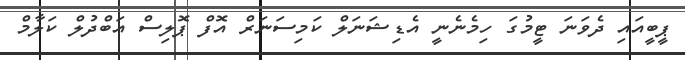
ޕީބީއައި ދެވަނަ ޓީމުގަ ހިމެނެނީ އެޑިޝަނަލް ކަމިސަނަރް އޮފް ޕޮލިސް އަބްދުލް ކަލާމް